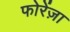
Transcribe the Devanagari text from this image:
फोरेंज़ा